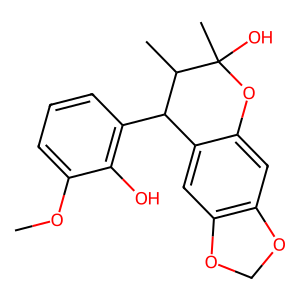
SMILES: COc1cccc(C2c3cc4c(cc3OC(C)(O)C2C)OCO4)c1O
Inhibits HIV replication: No